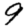
Digit: 9